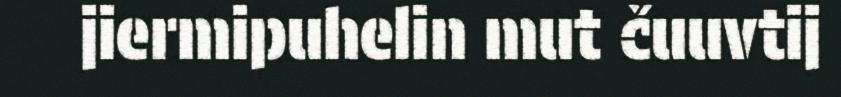
jiermipuhelin mut čuuvtij